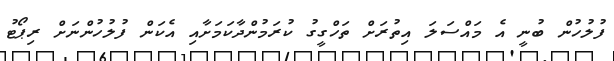
ފުލުހުން ބުނީ އެ މައްސަލަ އިތުރަށް ތަހްގީގު ކުރަމުންދާކަމަށާއި އެކަން ފުލުހުންނަށް ރިޕޯޓު